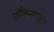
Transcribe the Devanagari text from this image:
नौतनगढ़